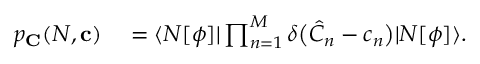
\begin{array} { r l } { p _ { \mathbf { C } } ( N , \mathbf { c } ) } & { { } = \langle N [ \phi ] | \prod _ { n = 1 } ^ { M } \delta \bigl ( \hat { C } _ { n } - { c } _ { n } \bigr ) | N [ \phi ] \rangle . } \end{array}